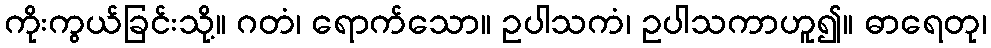
ကိုးကွယ်ခြင်းသို့။ ဂတံ၊ ရောက်သော။ ဥပါသကံ၊ ဥပါသကာဟူ၍။ ဓာရေတု၊